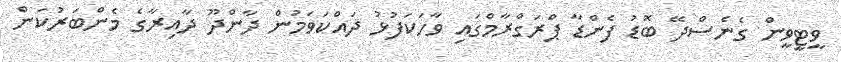
ވީޓީވީން ގެނެސްދޭ ބޮޑު ފެންޑާ ޕްރަގްރާމްގައި ވާހަކަފުޅު ދައްކަވަމުން ދާންދޫ ދާއިރާގެ މެންބަރުކަން